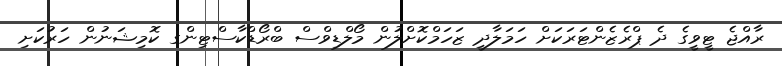
ރާއްޖެ ޓީވީގެ ދެ ޕްރެޒެންޓަރަކަށް ހަމަލާދީ ޒަހަމްކޮށްލުން މޯލްޑިވްސް ބްރޯޑްކާސްޓިންގ ކޮމިޝަނުން ހަރުކަށި